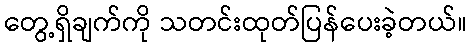
တွေ့ရှိချက်ကို သတင်းထုတ်ပြန်ပေးခဲ့တယ်။